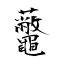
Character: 虌